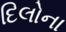
દિલોના